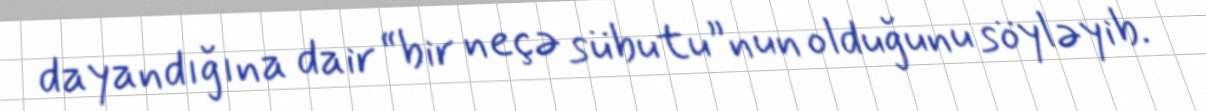
dayandığına dair “bir neçə sübutu”nun olduğunu söyləyib.